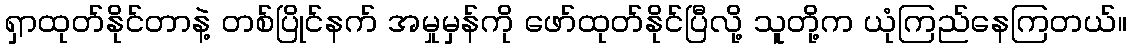
ရှာထုတ်နိုင်တာနဲ့ တစ်ပြိုင်နက် အမှုမှန်ကို ဖော်ထုတ်နိုင်ပြီလို့ သူတို့က ယုံကြည်နေကြတယ်။